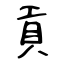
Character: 貢